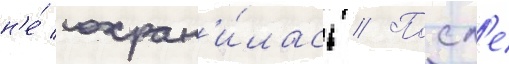
н'е́ сохран'и́лась // Посл'е